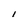
Character: l